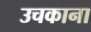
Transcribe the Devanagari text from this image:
उचकाना